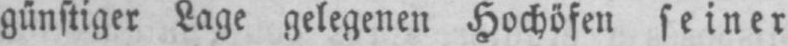
günstiger Lage gelegenen Hochöfen seiner